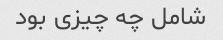
شامل چه چیزی بود